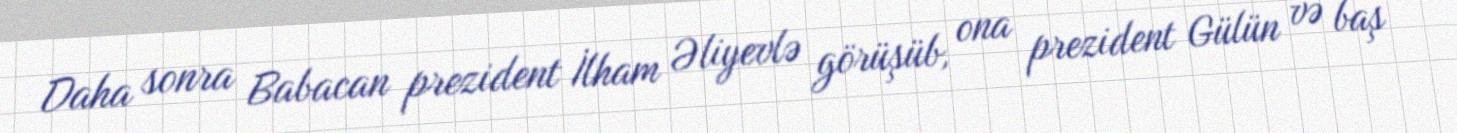
Daha sonra Babacan prezident İlham Əliyevlə görüşüb, ona prezident Gülün və baş